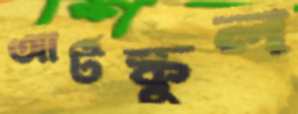
আর্টস্কুল